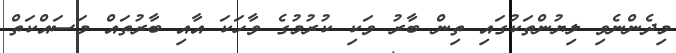
މިދެންނެވި ލިޔުންތަކުގައި ތިން ބާރު ވަކި ކުރުމުގެ ވާހަކަ އާއި ބާރުތައް މަސައްކަތް